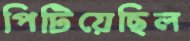
পিটিয়েছিল